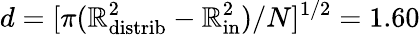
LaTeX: d=[\pi(\mathbb{R}_{\mathrm{{distrib}}}^{2}-\mathbb{R}_{\mathrm{{in}}}^{2})/N]^{1/2}=1.60